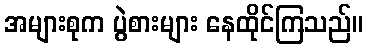
အများစုက ပွဲစားများ နေထိုင်ကြသည်။